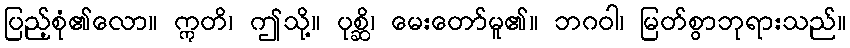
ပြည့်စုံ၏လော။ ဣတိ၊ ဤသို့။ ပုစ္ဆိ၊ မေးတော်မူ၏။ ဘဂဝါ၊ မြတ်စွာဘုရားသည်။